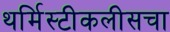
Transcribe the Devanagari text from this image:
थर्मिस्टीकलीसचा